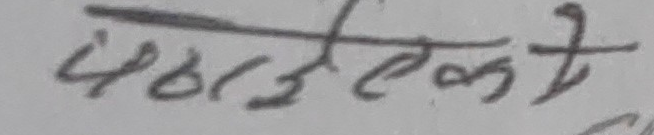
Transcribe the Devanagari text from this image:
मेलजोकते